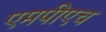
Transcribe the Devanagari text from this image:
एमपीएच